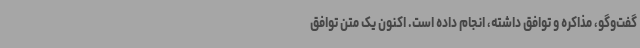
گفت‌وگو، مذاکره و توافق داشته، انجام داده است. اکنون یک متن توافق